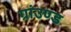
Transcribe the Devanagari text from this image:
ग्रांउण्ड